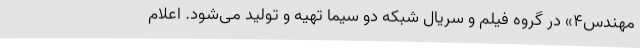
مهندس۴» در گروه فیلم و سریال شبکه دو سیما تهیه و تولید می‌شود. اعلام